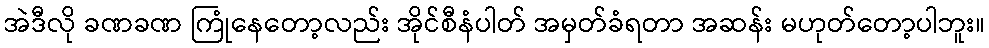
အဲဒီလို ခဏခဏ ကြုံနေတော့လည်း အိုင်စီနံပါတ် အမှတ်ခံရတာ အဆန်း မဟုတ်တော့ပါဘူး။